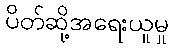
ပိတ်ဆို့အရေးယူမှု